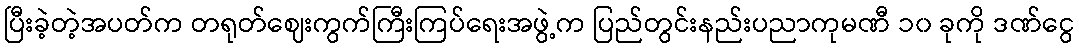
ပြီးခဲ့တဲ့အပတ်က တရုတ်ဈေးကွက်ကြီးကြပ်ရေးအဖွဲ့က ပြည်တွင်းနည်းပညာကုမဏီ ၁၀ ခုကို ဒဏ်ငွေ